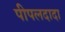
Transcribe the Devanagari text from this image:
पीपलदादा